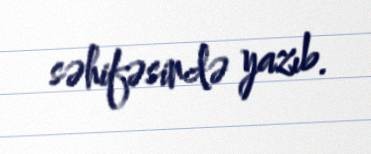
səhifəsində yazıb.